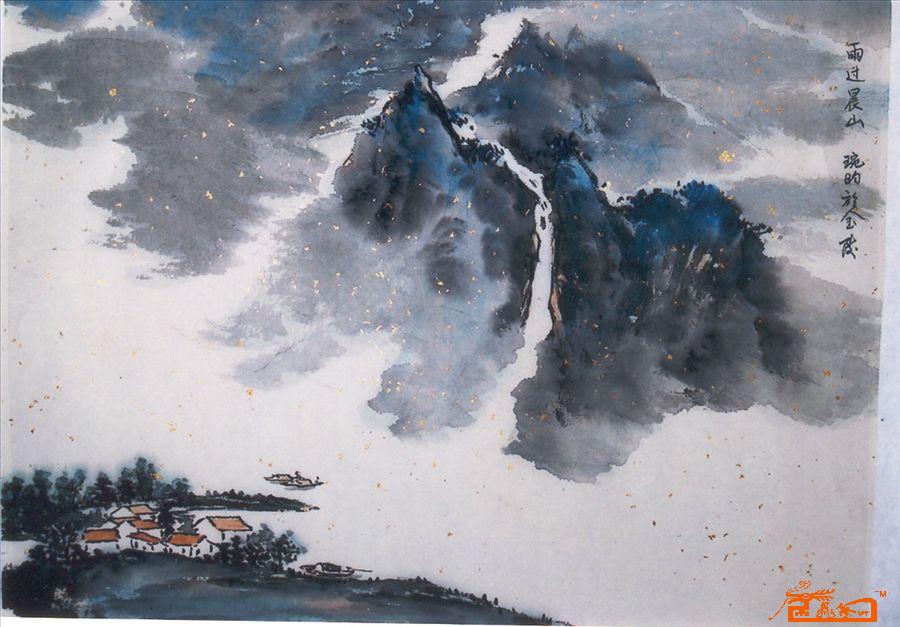
日日雨不断，愁杀望山人。